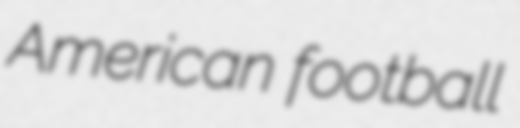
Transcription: American football